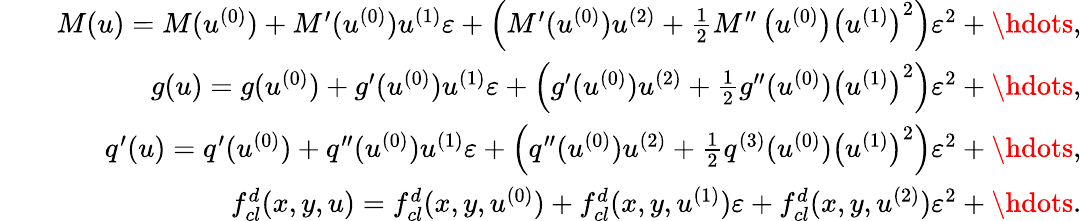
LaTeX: \begin{array}{rlr}&{}&{M(u)=M(u^{(0)})+M^{\prime}(u^{(0)})u^{(1)}\varepsilon+\left(M^{\prime}(u^{(0)})u^{(2)}+\frac{1}{2}M^{\prime\prime}\left(u^{(0)}\right)\left(u^{(1)}\right)^{2}\right)\varepsilon^{2}+\hdots,}\\ &{}&{g(u)=g(u^{(0)})+g^{\prime}(u^{(0)})u^{(1)}\varepsilon+\left(g^{\prime}(u^{(0)})u^{(2)}+\frac{1}{2}g^{\prime\prime}(u^{(0)})\left(u^{(1)}\right)^{2}\right)\varepsilon^{2}+\hdots,}\\ &{}&{q^{\prime}(u)=q^{\prime}(u^{(0)})+q^{\prime\prime}(u^{(0)})u^{(1)}\varepsilon+\left(q^{\prime\prime}(u^{(0)})u^{(2)}+\frac{1}{2}q^{(3)}(u^{(0)})\left(u^{(1)}\right)^{2}\right)\varepsilon^{2}+\hdots,}\\ &{}&{f_{cl}^{d}(x,y,u)=f_{cl}^{d}(x,y,u^{(0)})+f_{cl}^{d}(x,y,u^{(1)})\varepsilon+f_{cl}^{d}(x,y,u^{(2)})\varepsilon^{2}+\hdots.}\end{array}